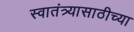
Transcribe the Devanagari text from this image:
स्वातंत्र्यासाठीच्या